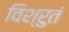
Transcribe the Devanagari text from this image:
विश्रुतं